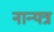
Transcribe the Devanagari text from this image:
नान्यत्र